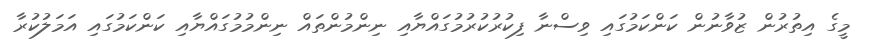
މީގެ އިތުރުން ޒުވާނުން ކަންކަމުގައި ވިސްނާ ފިކުރުކުރުމުގައްޔާއި ނިންމުންތައް ނިންމުމުގައްޔާއި ކަންކަމުގައި އަމަލުކުރާ